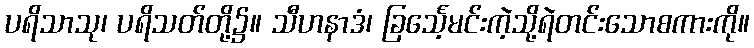
ပရိသာသု၊ ပရိသတ်တို့၌။ သီဟနာဒံ၊ ခြင်္သေ့မင်းကဲ့သို့ရဲတင်းသောစကားကို။